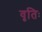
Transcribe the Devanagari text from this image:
वृतिः